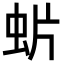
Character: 𧈼